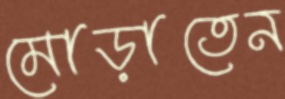
মোড়াতেন